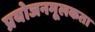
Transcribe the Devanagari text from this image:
प्रयोजनमूलकता